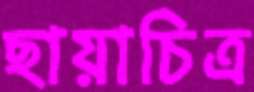
ছায়াচিত্র